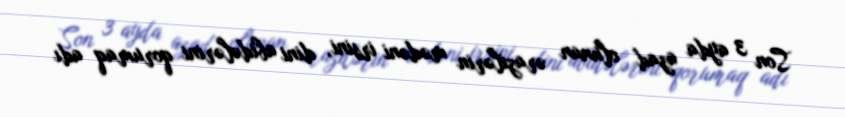
Son 3 ayda azad olunan ərazilərin mədəni irsini, dini abidələrini qorumaq adı